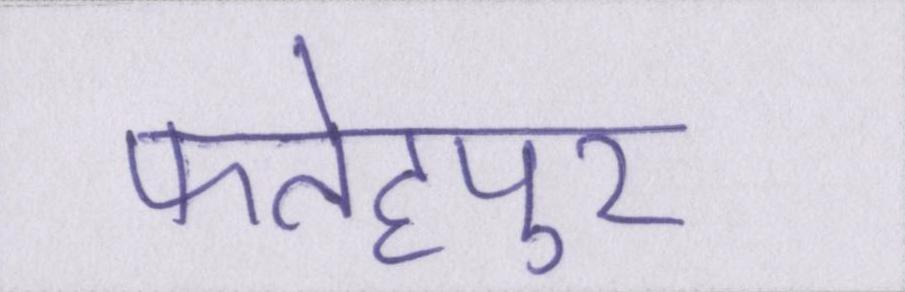
फतेहपुर